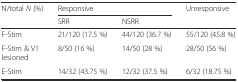
<table><thead><tr><td rowspan="2"><b>N/total <i>N</i> (%)</b></td><td colspan="2"><b>Responsive</b></td><td rowspan="2"><b>Unresponsive</b></td></tr><tr><td><b>SRR</b></td><td><b>NSRR</b></td></tr></thead><tbody><tr><td>F-Stim</td><td>21/120 (17.5 %)</td><td>44/120 (36.7 %)</td><td>55/120 (45.8 %)</td></tr><tr><td>F-Stim &amp; V1 lesioned</td><td>8/50 (16 %)</td><td>14/50 (28 %)</td><td>28/50 (56 %)</td></tr><tr><td>E-Stim</td><td>14/32 (43.75 %)</td><td>12/32 (37.5 %)</td><td>6/32 (18.75 %)</td></tr></tbody></table>